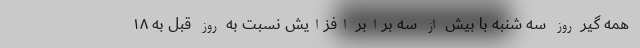
همه گیر روز سه شنبه با بیش از سه برابر افزایش نسبت به روز قبل به ۱۸